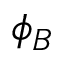
\phi _ { B }